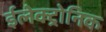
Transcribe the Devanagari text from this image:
ईलेक्ट्रोनिक